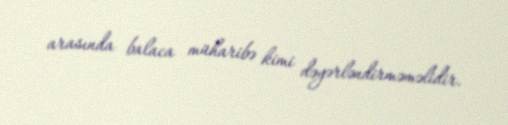
arasında balaca müharibə kimi dəyərləndirməməlidir.